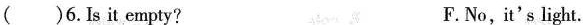
()6.Is it empty? F.No,it's light.